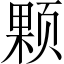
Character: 颗